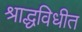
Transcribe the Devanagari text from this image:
श्राद्धविधीत